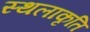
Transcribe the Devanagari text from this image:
स्‍थलाकृति